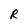
Character: R